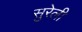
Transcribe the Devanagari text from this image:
सुरेली